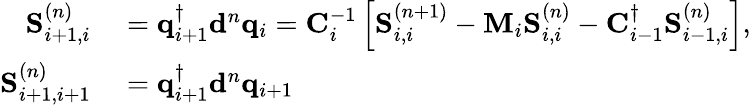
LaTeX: \begin{array}{rl}{\mathbf{S}_{i+1,i}^{(n)}}&{{}=\mathbf{q}_{i+1}^{\dagger}\mathbf{d}^{n}\mathbf{q}_{i}=\mathbf{C}_{i}^{-1}\left[\mathbf{S}_{i,i}^{(n+1)}-\mathbf{M}_{i}\mathbf{S}_{i,i}^{(n)}-\mathbf{C}_{i-1}^{\dagger}\mathbf{S}_{i-1,i}^{(n)}\right],}\\ {\mathbf{S}_{i+1,i+1}^{(n)}}&{{}=\mathbf{q}_{i+1}^{\dagger}\mathbf{d}^{n}\mathbf{q}_{i+1}}\end{array}